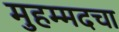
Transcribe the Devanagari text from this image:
मुहम्मदचा